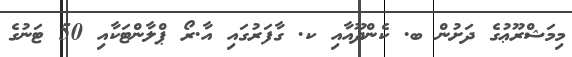
މިމަޝްރޫޢުގެ ދަށުން ބ. ކެންދޫއާއި ކ. ގާފަރުގައި އާ.ރޯ ޕްލާންޓަކާއި 50 ޓަނުގެ